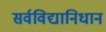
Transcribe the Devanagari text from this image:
सर्वविद्यानिधान